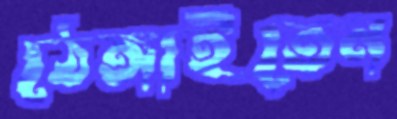
ঠেঙ্গাইতেন